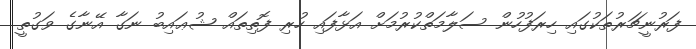
ފަރުނީޗަރުތަކުގައި ހިރަފުހުން ސަލާމަތްކުރުމަށް އަޅާފައި ހުރި ފޮތިތައް ޝުޢައިބު ނަގާ އޭނާގެ ވަގުތީ